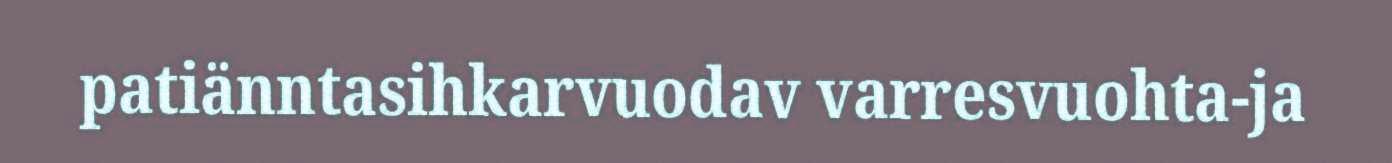
patiänntasihkarvuodav varresvuohta-ja